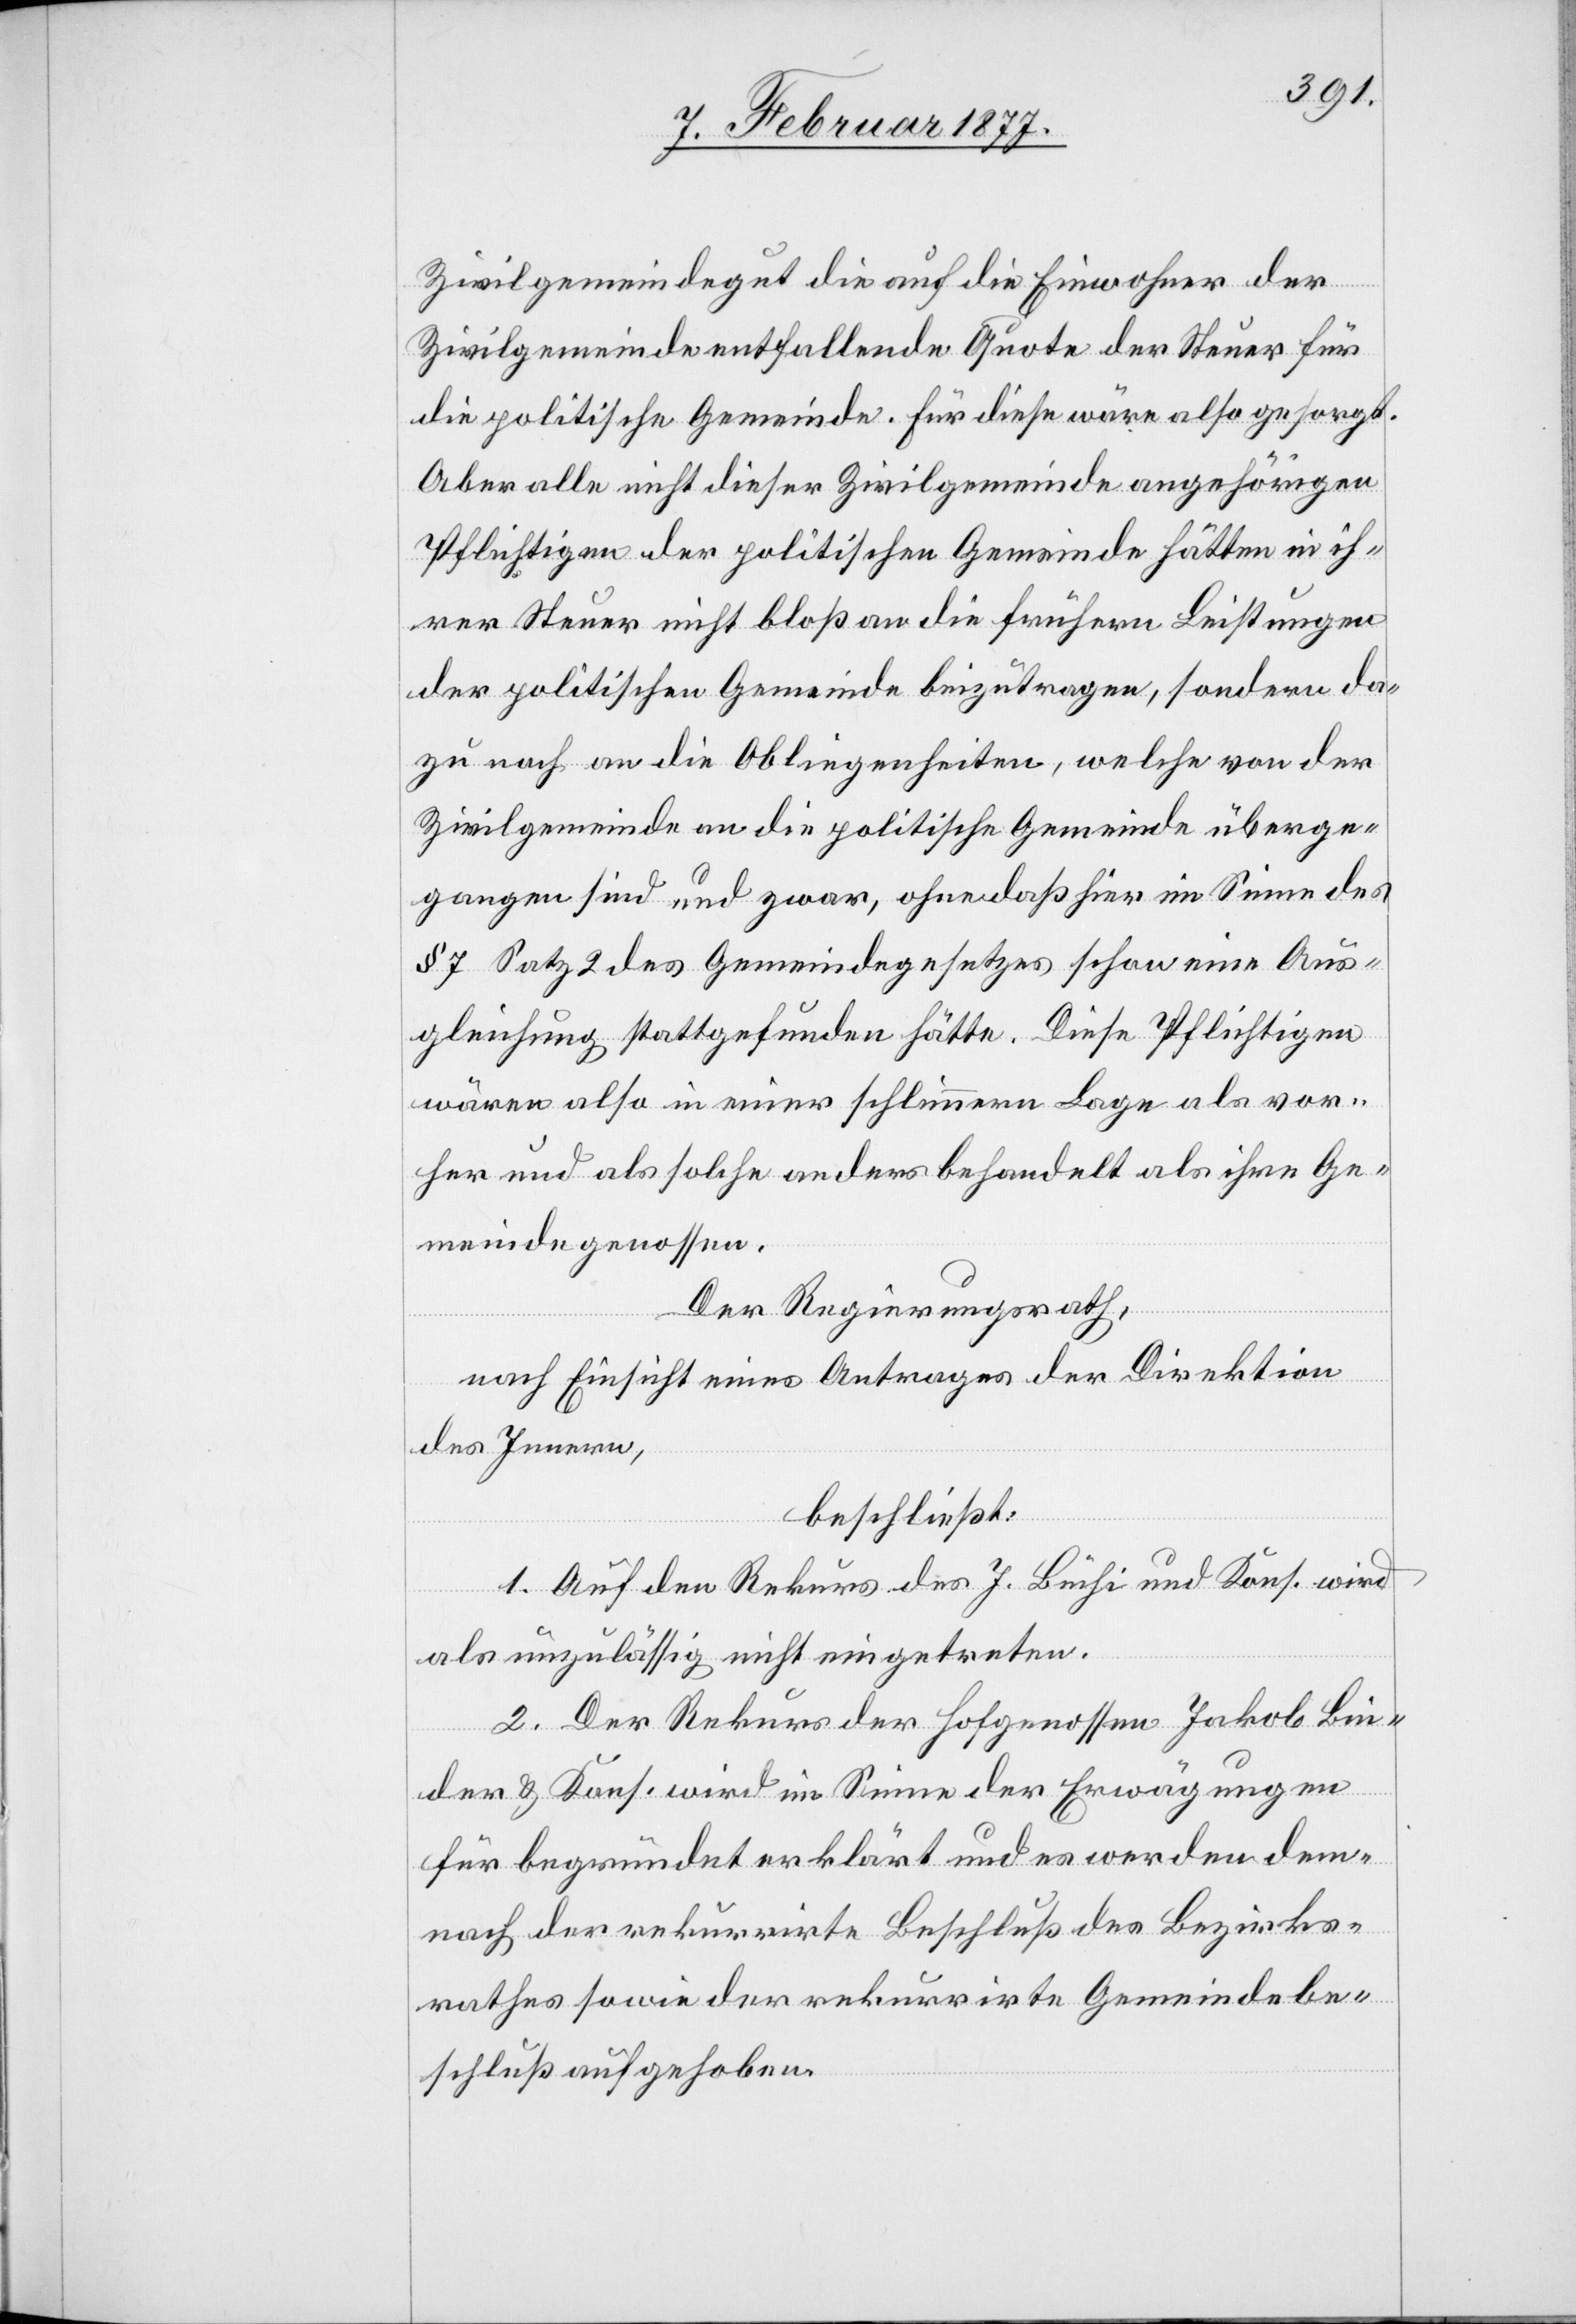
Zivilgemeindegut die auf die Einwohner der
Zivilgemeinde entfallende Quote der Steuer für
die politische Gemeinde. Für diese wäre also gesorgt.
Aber alle nicht dieser Zivilgemeinde angehörigen
Pflichtigen der politischen Gemeinde hätten in ih¬
rer Steuer nicht bloß an die frühern Leistungen
der politischen Gemeinde beizutragen, sondern da¬
zu noch an die Obliegenheiten, welche von der
Zivilgemeinde an die politische Gemeinde überge¬
gangen sind und zwar, ohne daß hier im Sinne des
§ 7 Satz 2 des Gemeindegesetzes schon eine Aus¬
gleichung stattgefunden hätte. Diese Pflichtigen
wären also in einer schlimmern Lage als vor¬
her und als solche anders behandelt als ihre Ge¬
meindegenossen.
Der Regierungsrath,
nach Einsicht eines Antrages der Direktion
des Innern,
beschließt:
1. Auf den Rekurs des J. Büchi und Kons. wird
als unzulässig nicht eingetreten.
2. Der Rekurs der Hofgenossen Jakob Bin¬
der & Kons. wird im Sinne der Erwägungen
für begründet erklärt und es werden dem¬
nach der rekurrirte Beschluß des Bezirks¬
rathes sowie der rekurrirte Gemeindebe¬
schluß aufgehoben.